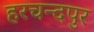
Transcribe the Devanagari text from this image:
हरचन्दपुर